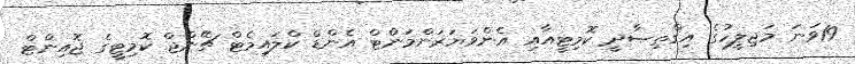
19ވަނަ މަޖިލީހުގެ އިޤްތިޞާދީ ކޮމިޓީއާއި އެންވަޔަރަންމަންޓް އެންޑް ކްލައިމެޓް ޗޭންޖް ކޮމިޓީގެ ޖޮއިންޓް